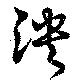
泱